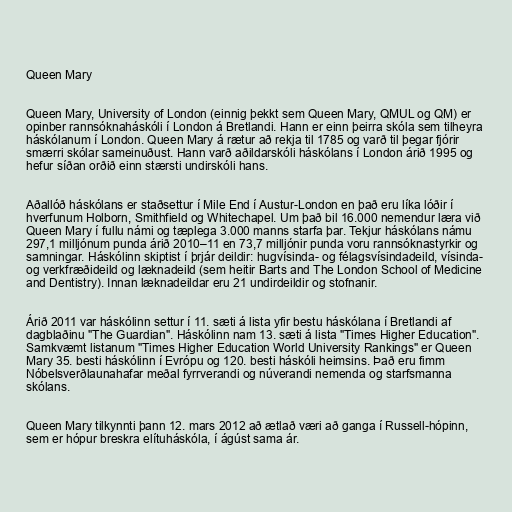
Queen Mary

Queen Mary, University of London (einnig þekkt sem Queen Mary, QMUL og QM) er
opinber rannsóknaháskóli í London á Bretlandi. Hann er einn þeirra skóla sem tilheyra
háskólanum í London. Queen Mary á rætur að rekja til 1785 og varð til þegar fjórir
smærri skólar sameinuðust. Hann varð aðildarskóli háskólans í London árið 1995 og
hefur síðan orðið einn stærsti undirskóli hans.

Aðallóð háskólans er staðsettur í Mile End í Austur-London en það eru líka lóðir í
hverfunum Holborn, Smithfield og Whitechapel. Um það bil 16.000 nemendur læra við
Queen Mary í fullu námi og tæplega 3.000 manns starfa þar. Tekjur háskólans námu
297,1 milljónum punda árið 2010–11 en 73,7 milljónir punda voru rannsóknastyrkir og
samningar. Háskólinn skiptist í þrjár deildir: hugvísinda- og félagsvísindadeild, vísinda-
og verkfræðideild og læknadeild (sem heitir Barts and The London School of Medicine
and Dentistry). Innan læknadeildar eru 21 undirdeildir og stofnanir.

Árið 2011 var háskólinn settur í 11. sæti á lista yfir bestu háskólana í Bretlandi af
dagblaðinu "The Guardian". Háskólinn nam 13. sæti á lista "Times Higher Education".
Samkvæmt listanum "Times Higher Education World University Rankings" er Queen
Mary 35. besti háskólinn í Evrópu og 120. besti háskóli heimsins. Það eru fimm
Nóbelsverðlaunahafar meðal fyrrverandi og núverandi nemenda og starfsmanna
skólans.

Queen Mary tilkynnti þann 12. mars 2012 að ætlað væri að ganga í Russell-hópinn,
sem er hópur breskra elítuháskóla, í ágúst sama ár.